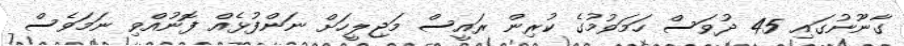
ގާނޫނުގައި 45 ދުވަސް ހަމަވުމުގެ ކުރިން ރައީސް މަޖިލީހަށް ނަންފުޅެއް ފޮނުއްވި ނަމަވެސް